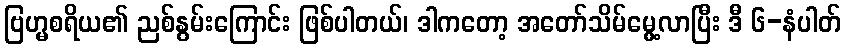
ဗြဟ္မစရိယ၏ ညစ်နွမ်းကြောင်း ဖြစ်ပါတယ်၊ ဒါကတော့ အတော်သိမ်မွေ့လာပြီး ဒီ ၆-နံပါတ်